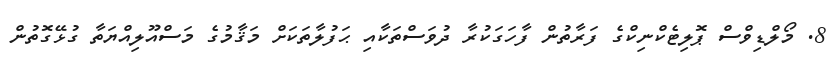
8. މޯލްޑިވްސް ޕޮލިޓެކްނިކްގެ ފަރާތުން ފާހަގަކުރާ ދުވަސްތަކާއި ޙަފުލާތަކަށް މަޤާމުގެ މަސްއޫލިއްޔަތާ ގުޅޭގޮތުން